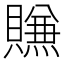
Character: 𰷖